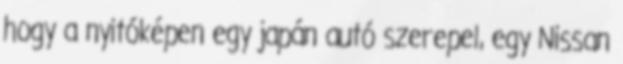
hogy a nyitóképen egy japán autó szerepel, egy Nissan